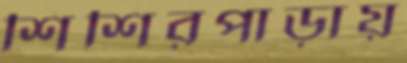
শিশিরপাড়ায়